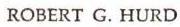
ROBERT G. HURD